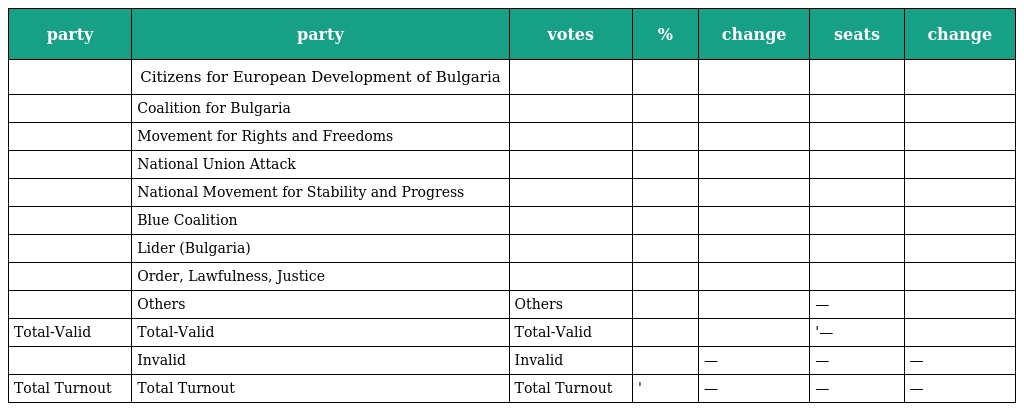
| party | party | votes | % | change | seats | change |
 | --- | --- | --- | --- | --- | --- | --- |
 |  | Citizens for European Development of Bulgaria |  |  |  |  |  |
 |  | Coalition for Bulgaria |  |  |  |  |  |
 |  | Movement for Rights and Freedoms |  |  |  |  |  |
 |  | National Union Attack |  |  |  |  |  |
 |  | National Movement for Stability and Progress |  |  |  |  |  |
 |  | Blue Coalition |  |  |  |  |  |
 |  | Lider (Bulgaria) |  |  |  |  |  |
 |  | Order, Lawfulness, Justice |  |  |  |  |  |
 |  | Others | Others |  |  | — |  |
 | Total-Valid | Total-Valid | Total-Valid |  |  | '— |  |
 |  | Invalid | Invalid |  | — | — | — |
 | Total Turnout | Total Turnout | Total Turnout | ' | — | — | — |